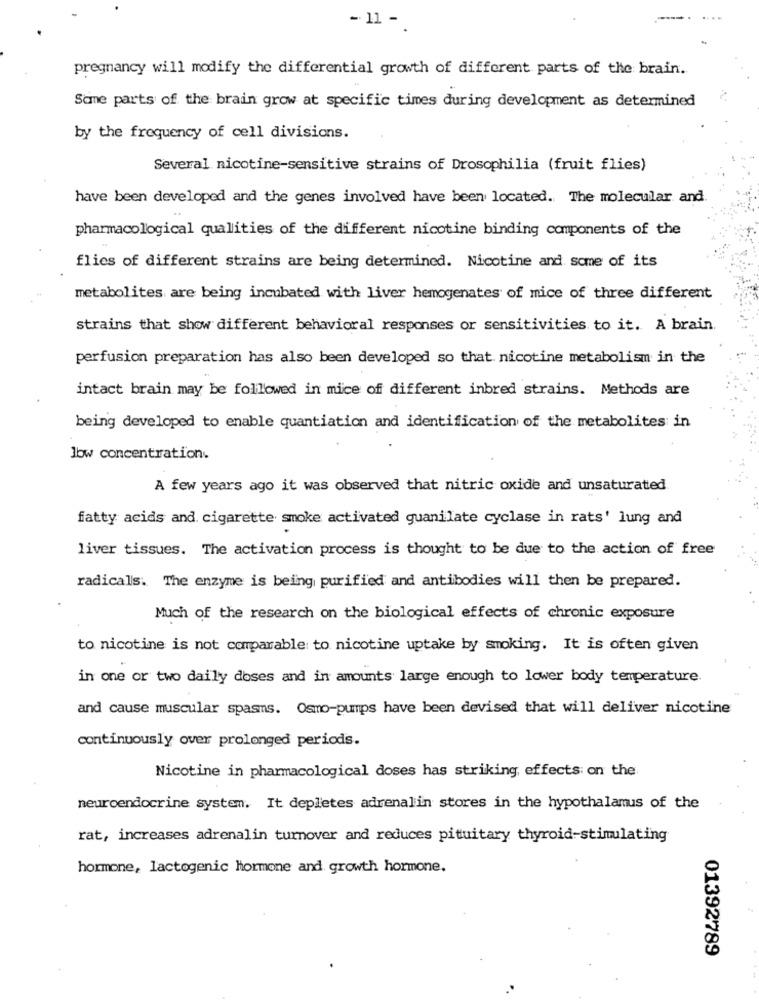
- 11 -
pregnancy will modify the differential growth of different parts of the brain.
Some parts of the brain grow at specific times during development as determined
by the frequency of cell divisions.
Several nicotine-sensitive strains of Drosophilia (fruit flies)
have been developed and the genes involved have been located. The molecular and
pharmacological qualities of the different nicotine binding components of the
flies of different strains are being determined. Nicotine and some of its
metabolites are being incubated with liver hemogenates of mice of three different
strains that show different behavioral responses or sensitivities to it. A brain.
perfusion preparation has also been developed so that. nicotine metabolism in the
intact brain may be followed in mice of different inbred strains. Methods are
being developed to enable quantiation and identification of the metabolites in
low concentration.
A few years ago it was observed that nitric oxide and unsaturated
fatty acids and cigarette smoke activated guanilate cyclase in rats' lung and
liver tissues. The activation process is thought to be due to the action of free
radicals. The enzyme is being purified and antibodies will then be prepared.
Much of the research on the biological effects of chronic exposure
to nicotine is not comparable to nicotine uptake by smoking. It is often given
in one or two daily doses and in amounts large enough to lower body temperature.
and cause muscular spasms. Osmo-pumps have been devised that will deliver nicotine
continuously over prolonged periods.
Nicotine in pharmacological doses has striking, effects on the
neuroendocrine system. It depletes adrenalin stores in the hypothalamus of the
rat, increases adrenalin turnover and reduces pituitary thyroid-stimulating
hormone, lactogenic hormone and growth hormone.
01392789